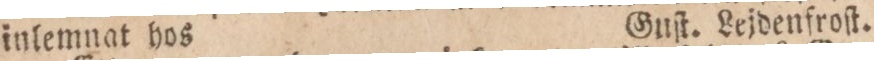
inlemnat hos    Guſt. Lejdenfroſt.